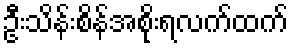
ဦးသိန်းစိန်အစိုးရလက်ထက်